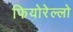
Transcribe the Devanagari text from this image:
फियोरेल्‍लो